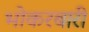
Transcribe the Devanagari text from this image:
भोकरबारी